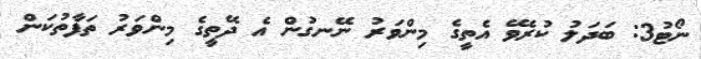
ނޯޓު3: ބަދަލު ކުރެވޭ އެތީގެ މިންވަރު ނޭނގުން އެ ދޭތީގެ މިންވަރު ތަފާތުކަން